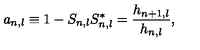
a _ { n , l } \equiv 1 - S _ { n , l } S _ { n , l } ^ { * } = \frac { h _ { n + 1 , l } } { h _ { n , l } } ,